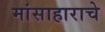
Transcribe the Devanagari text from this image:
मांसाहाराचे